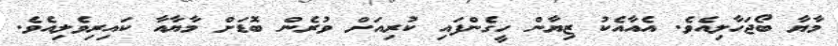
މާޔާ ބޯޖަހާލިއެވެ. އެއާއެކު ޒިޔާން ހީގެންފައި ކުރިއަށް ވުރެން ބޮޑަށް މާޔާއާ ކައިރިވެލިއެވެ.